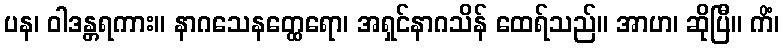
ပန၊ ဝါဒန္တရကား။ နာဂသေနတ္ထေရော၊ အရှင်နာဂသိန် ထေရ်သည်။ အာဟ၊ ဆိုပြီ။ ကိံ၊